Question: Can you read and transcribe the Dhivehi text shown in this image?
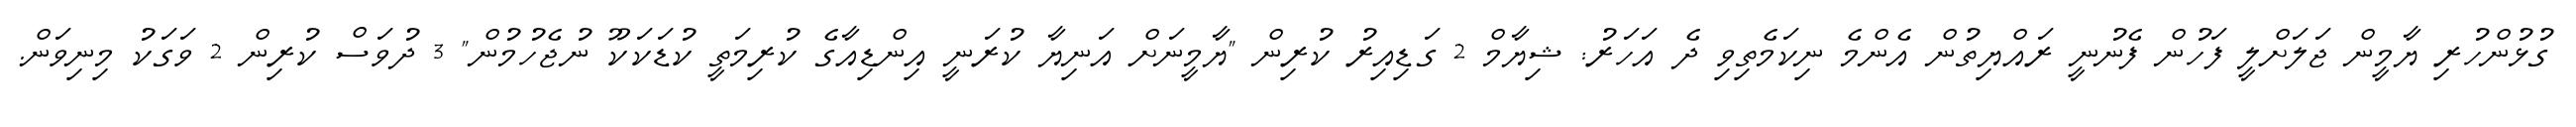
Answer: ގުޅުންހުރި ޔާމީން ޖަލަށްލީ ފަހުން ފެނުނީ ރައްޔިތުން އެންމެ ނިކަމެތިވި ދެ އަހަރު: ޝިޔާމް 2 ގަޑިއިރު ކުރިން "ޔާމީނަށް އަނިޔާ ކުރަނީ އިންޑިއާގެ ކުރިމަތީ ކުޑަކަކޫ ނުޖެހުމުން" 3 ދުވަސް ކުރިން 2 ވަގަކު މިނިވަން.